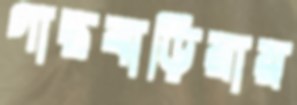
গাছবাড়িয়ায়